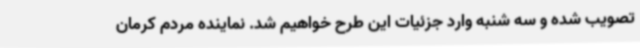
تصویب شده و سه شنبه وارد جزئیات این طرح خواهیم شد. نماینده مردم کرمان